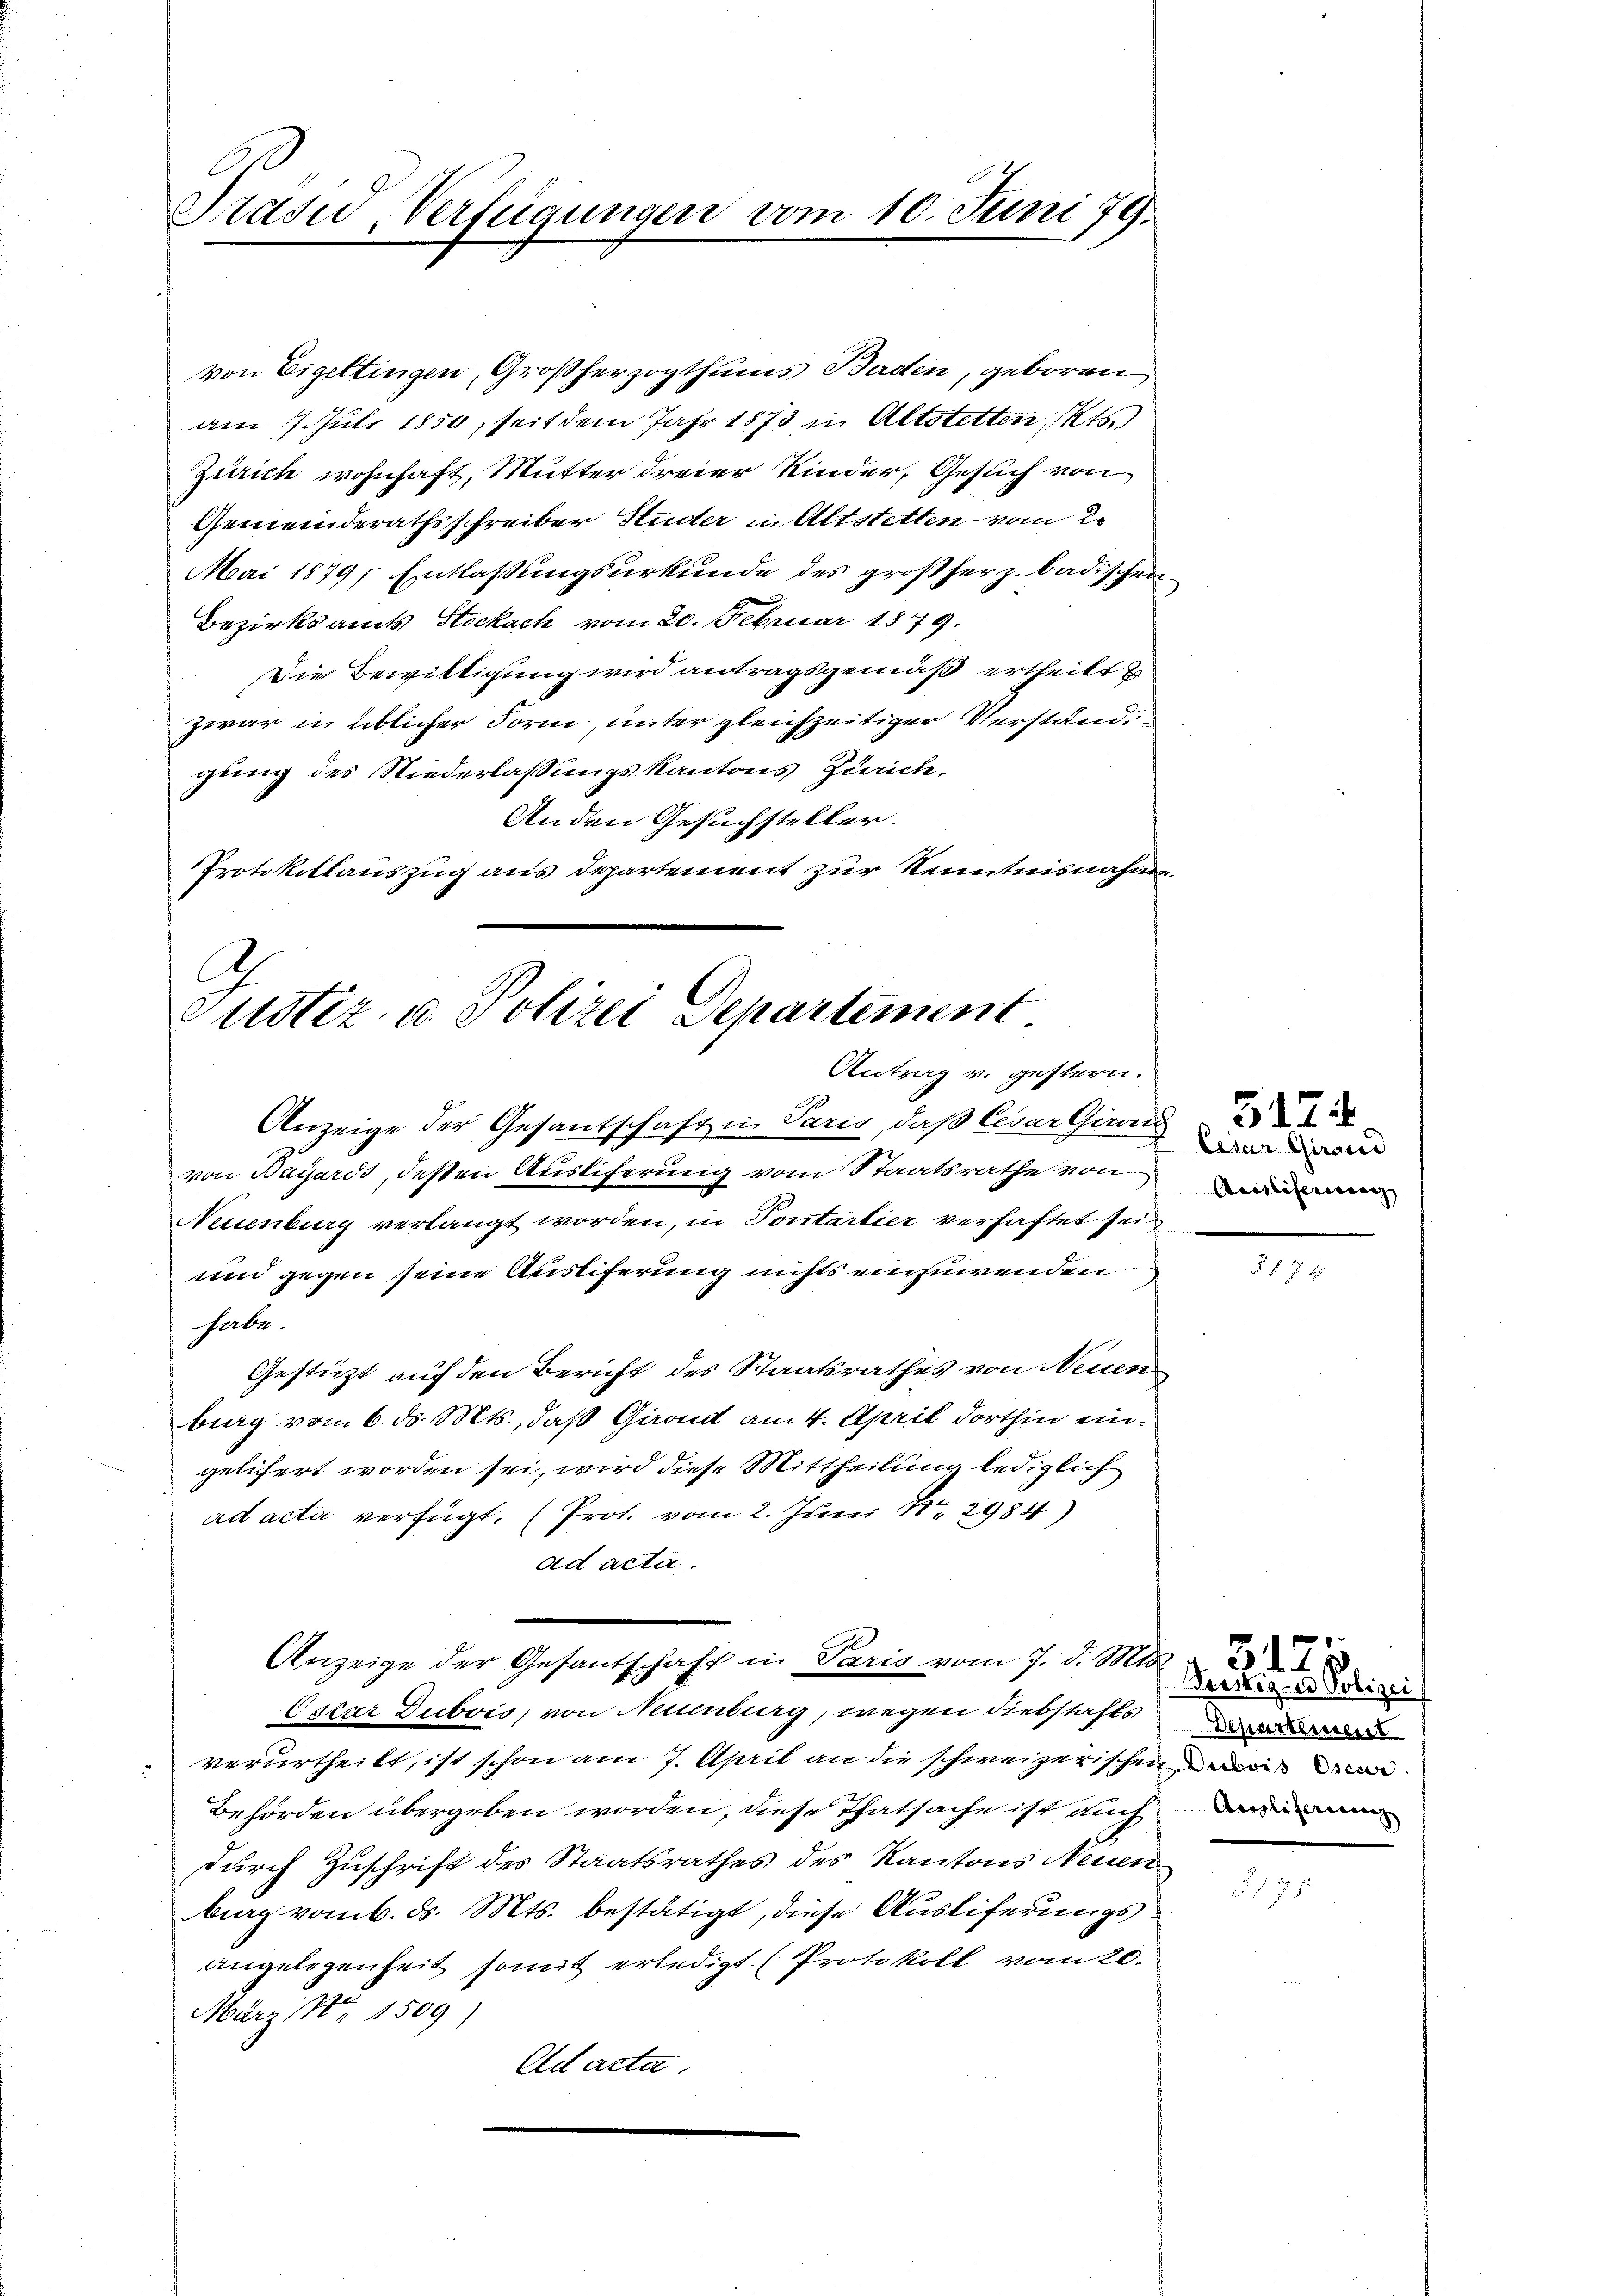
Präsid, Verfügungen vom 10. Juni 79.

von Eigeltingen, Großherzogthums Baden, geboren
am 7. Juli 1850, seit dem Jahr 1873 in Altstetten, Kts.
Zürich wohnhaft, Mutter dreier Kinder, Gesuch von
Gemeinderathsschreiber Studer in Altstetten vom 2.
Mai 1879; Entlassungsurkunde des großherz. badischen
Bezirksamts Stockach vom 20. Februar 1879.
Die Bewilligung wird antragsgemäß ertheilt
zwar in üblicher Form, unter gleichzeitiger Verstand,
gung des Niederlassungskantons Zürich.
Anden Gesuchsteller.
Protokollauszug aus Departement zur Kenntnisnahme

C
Justiz u. Polizei Departement.
Antrag v. gestern.

Anzeige der Gesandschaft in Paris, daß Cesar Gironi
von Bayards, deßen Auslieferung vom Staatsrathe von
Neuenburg verlangt worden, in Pontartier verhaftet sei
und gegen seine Auslieferung nichts einfiirenden
habe.
Gestützt auf den Bericht des Staatsrathes von Neuen
berg vom 6. ds. Mts., daß Girond am 4. April dorthin eingelifert worden sei, wird diese Mittheilung lediglich
ad acta verfügt, (Prot. vom 2. Juni 182984)
ad acta.
Anzeige der Gesantschaft in Paris vom 7. d. Mts.
Oskar Dubois, von Neuenburg, wegen Diebstahls
verurtheilt, ist schon am 7. April an die schweizerischen
Behörden übergeben worden, diese Thatsache ist auch
durch Zuschrift des Staatsrathes des Kantons Neuen
big vom 6. d. Mts. bestätigt, diese Ausliferungsangelegenheit somit erledigt (Protokoll vom 20.
März Nr 1509)
Ad acta.

Cesar Girard
Ausliserung

5174

5f 5 x

31

Weiseg- u Polizei
Departeressert
Angliferien